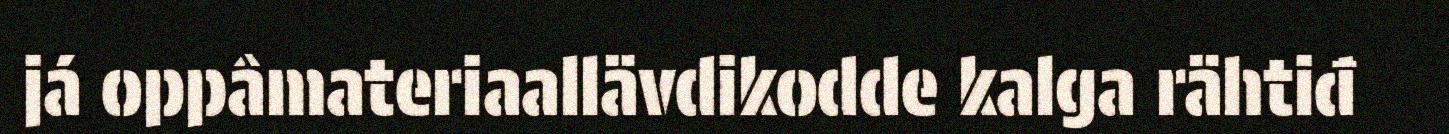
já oppâmateriaallävdikodde kalga rähtiđ